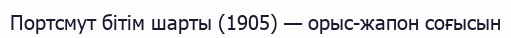
Портсмут бітім шарты (1905) — орыс-жапон соғысын